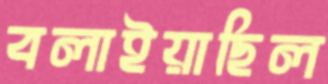
বলাইয়াছিল